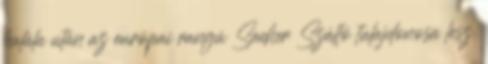
halála után az európai rangú Sacher Szálló tulajdonosa lesz.